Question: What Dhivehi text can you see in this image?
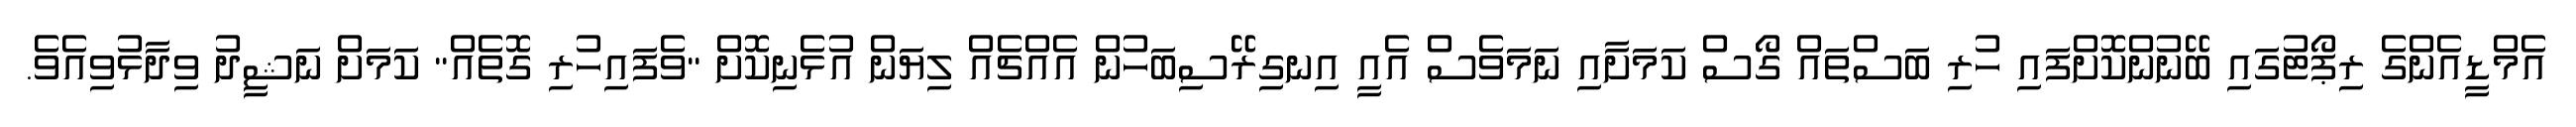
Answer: އެމްޑީއެންގެ ރިޕޯޓުގައި ބޭނުންކޮށްފައި ހުރި ބަސްތައް ގޯސް ކަމަށާއި ނަމަވެސް އެއީ އިނގިރޭސިބަހުން އެއްޗެއް ލިޔަން އުޅެނިކޮށް "ވެފައިހުރި ގޮތެއް" ކަމަށް ނަޝީދު ވިދާޅުވިއެވެ.